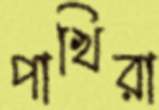
পাখিরা